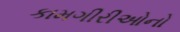
કામગીરીઓનો